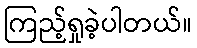
ကြည့်ရှုခဲ့ပါတယ်။